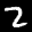
Label: 2